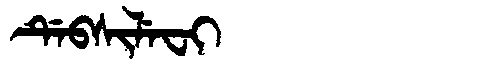
Manchu: ᡩᡝᠪᠰᡳᠯᡝᠸᡳ
Romanization: DEBSILEFI